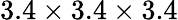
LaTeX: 3.4\times 3.4\times 3.4